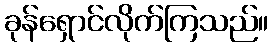
ခုန်ရှောင်လိုက်ကြသည်။